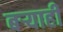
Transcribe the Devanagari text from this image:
बर्‍याही